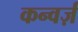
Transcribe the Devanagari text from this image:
कन्वर्ज़